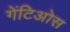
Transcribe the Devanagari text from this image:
गेंटिओस